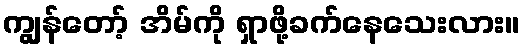
ကျွန်တော့် အိမ်ကို ရှာဖို့ခက်နေသေးလား။